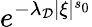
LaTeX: e^{-\lambda_{\mathcal{D}}|\xi|^{s_{0}}}